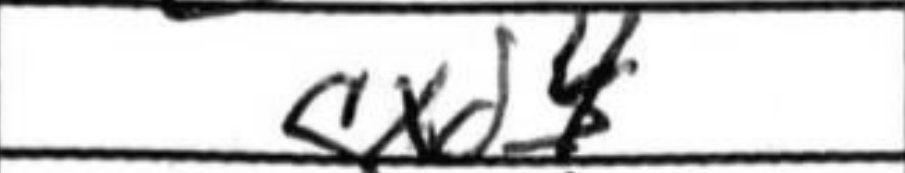
Transcription: cxd4